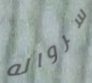
سرواله